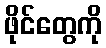
ဖိုင်တွေကို